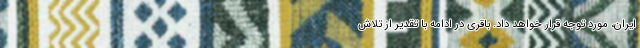
ایران، مورد توجه قرار خواهد داد. باقری در ادامه با تقدیر از تلاش